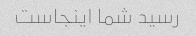
رسید شما اینجاست